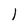
Character: l